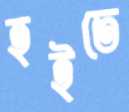
হইতে